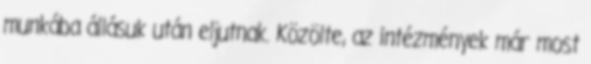
munkába állásuk után eljutnak. Közölte, az intézmények már most